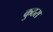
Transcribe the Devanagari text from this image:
कुठरा